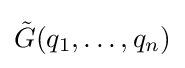
{\tilde {G}}(q_{1},\dots ,q_{n})